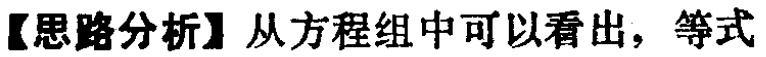
【思路分析】从方程组中可以看出，等式